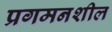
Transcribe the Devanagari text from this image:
प्रगमनशील